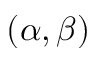
( \alpha , \beta )